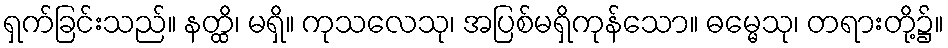
ရှက်ခြင်းသည်။ နတ္ထိ၊ မရှိ။ ကုသလေသု၊ အပြစ်မရှိကုန်သော။ ဓမ္မေသု၊ တရားတို့၌။